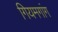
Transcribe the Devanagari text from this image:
गियमगांग